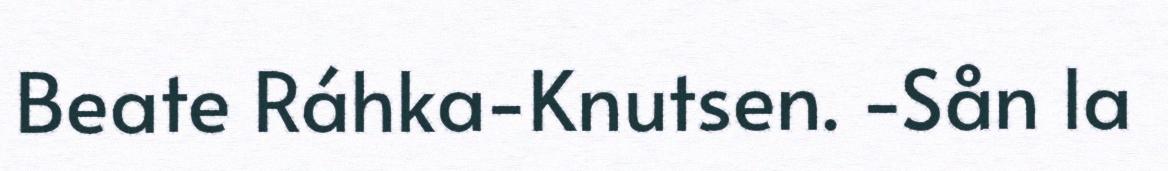
Beate Ráhka-Knutsen. -Sån la